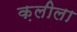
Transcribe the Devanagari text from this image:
क़लीला